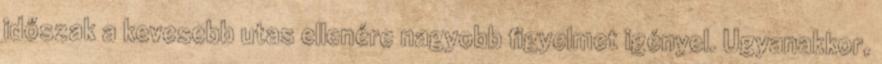
időszak a kevesebb utas ellenére nagyobb figyelmet igényel. Ugyanakkor,